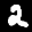
Label: 2